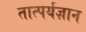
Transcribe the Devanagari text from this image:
तात्पर्यज्ञान